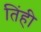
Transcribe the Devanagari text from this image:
तिंही